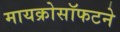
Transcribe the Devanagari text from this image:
मायक्रोसॉफटने